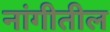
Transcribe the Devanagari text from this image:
नांगीतील